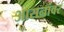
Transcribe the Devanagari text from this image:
आसनांवर